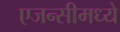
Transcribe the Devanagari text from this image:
एजन्सीमध्ये